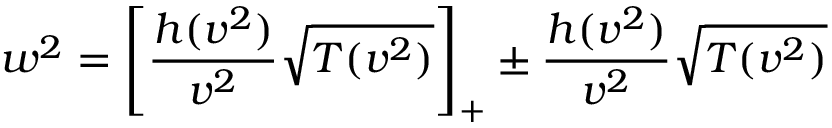
w ^ { 2 } = \left[ \frac { h ( v ^ { 2 } ) } { v ^ { 2 } } \sqrt { T ( v ^ { 2 } ) } \right] _ { + } \pm \frac { h ( v ^ { 2 } ) } { v ^ { 2 } } \sqrt { T ( v ^ { 2 } ) }